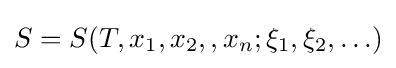
S=S(T,x_{1},x_{2},,x_{n};\xi _{1},\xi _{2},\ldots )